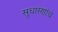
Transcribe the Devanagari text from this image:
सुधारंणांचे